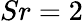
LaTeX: Sr=2